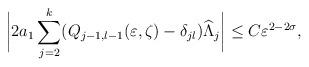
LaTeX: \begin{align*}\biggl|2a_1 \sum_{j=2}^k ( Q_{j-1,l-1} (\varepsilon,\zeta) -\delta_{jl}) \widehat \Lambda_j\biggr|\leq C \varepsilon^{2-2\sigma},\end{align*}